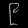
Digit: ၉